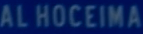
ALHOCEIMA